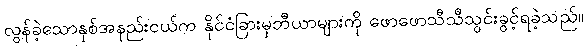
လွန်ခဲ့သောနှစ်အနည်းငယ်က နိုင်ငံခြားမှဘီယာများကို ဖောဖောသီသီသွင်းခွင့်ရခဲ့သည်။